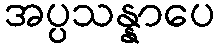
အပ္ပသန္နာပေ